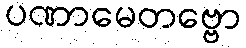
ပဏာမေတဗ္ဗော